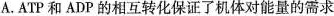
A.ATP和ADP的相互转化保证了机体对能量的需求